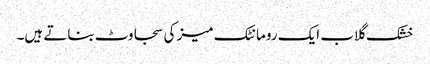
خشک گلاب ایک رومانٹک میز کی سجاوٹ بناتے ہیں۔